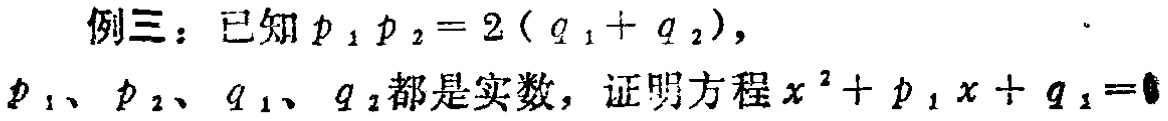
例三：已知\(p_1p_2 = 2(q_1 + q_2)\)，
\(p_1\)、\(p_2\)、\(q_1\)、\(q_2\)都是实数，证明方程\(x^{2}+p_1x + q_1 = 0\)